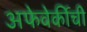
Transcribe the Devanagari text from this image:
अफेवेर्कीची